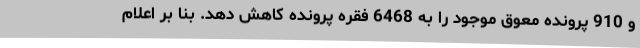
و 910 پرونده معوق موجود را به 6468 فقره پرونده کاهش دهد. بنا بر اعلام